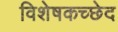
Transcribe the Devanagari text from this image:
विशेषकच्छेद